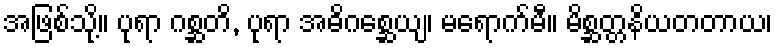
အဖြစ်သို့။ ပုရာ ဂစ္ဆတိ, ပုရာ အဓိဂစ္ဆေယျ၊ မရောက်မီ။ မိစ္ဆတ္တနိယတတာယ၊